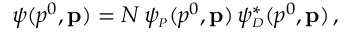
\psi ( p ^ { 0 } , { \bf p } ) = N \, \psi _ { \scriptscriptstyle P } ( p ^ { 0 } , { \bf p } ) \, \psi _ { \scriptscriptstyle D } ^ { * } ( p ^ { 0 } , { \bf p } ) \, ,